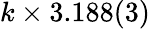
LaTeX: k\times 3.188(3)